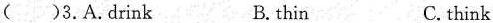
( )3.A.Drink B.thin C.think